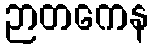
ဉာတကေန